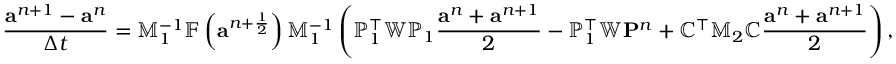
\frac { { \mathbf a } ^ { n + 1 } - { \mathbf a } ^ { n } } { \Delta t } = \mathbb { M } _ { 1 } ^ { - 1 } \mathbb { F } \left( { \mathbf a } ^ { n + \frac { 1 } { 2 } } \right) \mathbb { M } _ { 1 } ^ { - 1 } \left( { \mathbb P } _ { 1 } ^ { \top } \mathbb { W } { \mathbb P } _ { 1 } \frac { { \mathbf a } ^ { n } + { \mathbf a } ^ { n + 1 } } { 2 } - \mathbb { P } _ { 1 } ^ { \top } \mathbb { W } { \mathbf P } ^ { n } + { \mathbb C } ^ { \top } \mathbb { M } _ { 2 } { \mathbb C } \frac { { \mathbf a } ^ { n } + { \mathbf a } ^ { n + 1 } } { 2 } \right) ,